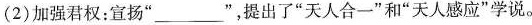
(2)加强君权：宣扬”___”，提出了”天人合一”和”天人感应”学说。